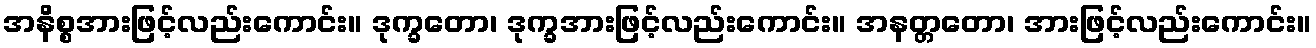
အနိစ္စအားဖြင့်လည်းကောင်း။ ဒုက္ခတော၊ ဒုက္ခအားဖြင့်လည်းကောင်း။ အနတ္တတော၊ အားဖြင့်လည်းကောင်း။